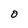
Character: D